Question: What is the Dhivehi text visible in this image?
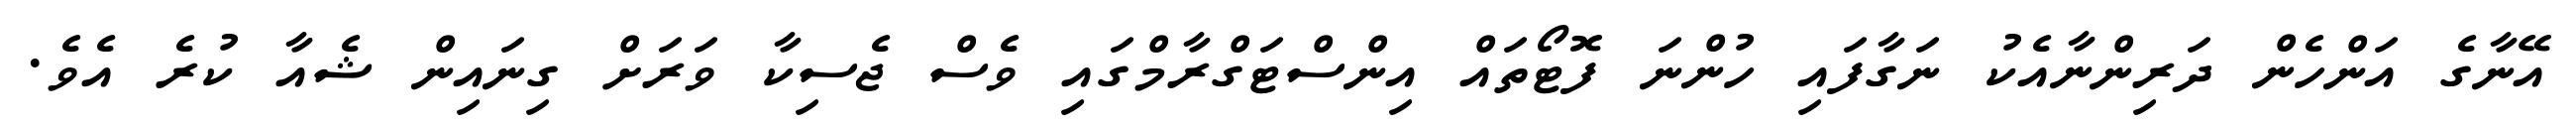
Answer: އޭނާގެ އަންހެން ދަރިންނާއެކު ނަގާފައި ހުންނަ ފޮޓޯތައް އިންސްޓަގްރާމްގައި ވެސް ޖެސިކާ ވަރަށް ގިނައިން ޝެއާ ކުރެ އެވެ.